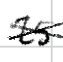
Text: 25
Cross-out: mix
Writing tool: digital_black